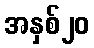
အနှစ်၂၀